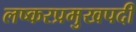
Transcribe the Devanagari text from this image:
लष्करप्रमुखपदी